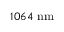
1 0 6 4 ~ \mathrm { n m }